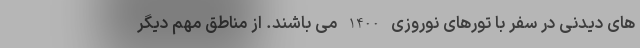
های دیدنی در سفر با تورهای نوروزی 1400 می باشند. از مناطق مهم دیگر